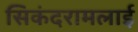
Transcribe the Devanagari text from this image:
सिकंदरामलाई